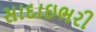
સાદાઇભરી